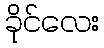
ခိုင်လေး